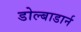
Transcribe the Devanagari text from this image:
डोल्बाडार्न